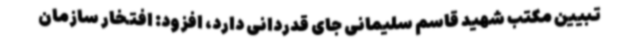
تبیین مکتب شهید قاسم سلیمانی جای قدردانی دارد، افزود: افتخار سازمان